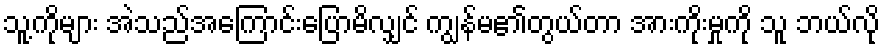
သူ့ကိုများ အဲသည်အကြောင်းပြောမိလျှင် ကျွန်မ၏တွယ်တာ အားကိုးမှုကို သူ ဘယ်လို